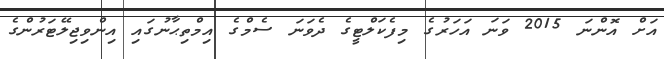
އަށް އޮންނަ 2015 ވަނަ އަހަރުގެ މިފެކަލްޓީގެ ދެވަނަ ސެމްގެ އިމްތިޙާނުގައި އިންވިޖިލޭޓަރުންގެ